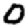
Digit: 0